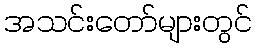
အသင်းတော်များတွင်